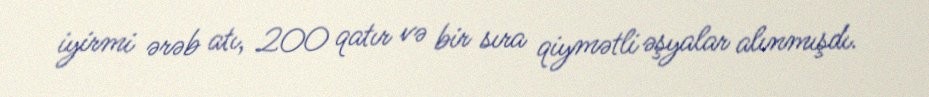
iyirmi ərəb atı, 200 qatır və bir sıra qiymətli əşyalar alınmışdı.